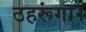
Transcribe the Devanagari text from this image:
ठहरूंगा।